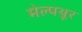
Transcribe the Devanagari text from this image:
मेल्पथूर